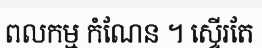
ពលកម្ម កំណែន ។ ស្ទើរតែ